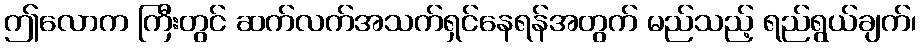
ဤလောက ကြီးတွင် ဆက်လက်အသက်ရှင်နေရန်အတွက် မည်သည့် ရည်ရွယ်ချက်၊